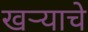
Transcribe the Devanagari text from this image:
खऱ्याचे